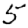
Digit: 5